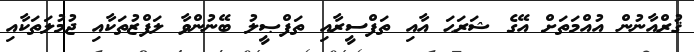
ޤުރްއާނުން އުއްމަތަށް އޭގެ ޝަރަޙަ އާއި ތަފްސީރާއި ތަފްޞީލު ބޭނުންވާ ލަފްޒުތަކާއި ޖުމުލަތަކާއި